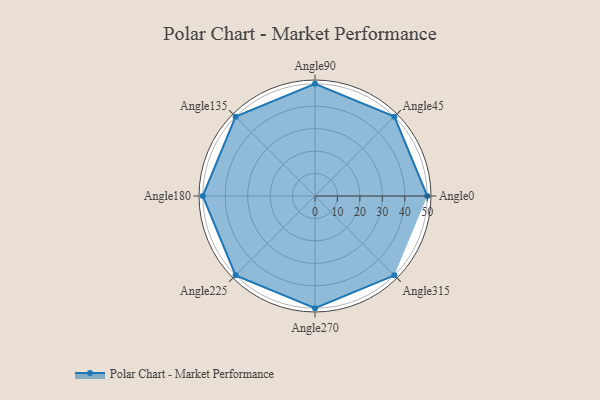
{"axis": {"x": "Angle", "y": "Radius"}, "legend": [""], "data": [{"x": "Angle0", "y": 50, "type": ""}, {"x": "Angle45", "y": 50, "type": ""}, {"x": "Angle90", "y": 50, "type": ""}, {"x": "Angle135", "y": 50, "type": ""}, {"x": "Angle180", "y": 50, "type": ""}, {"x": "Angle225", "y": 50, "type": ""}, {"x": "Angle270", "y": 50, "type": ""}, {"x": "Angle315", "y": 50, "type": ""}]}